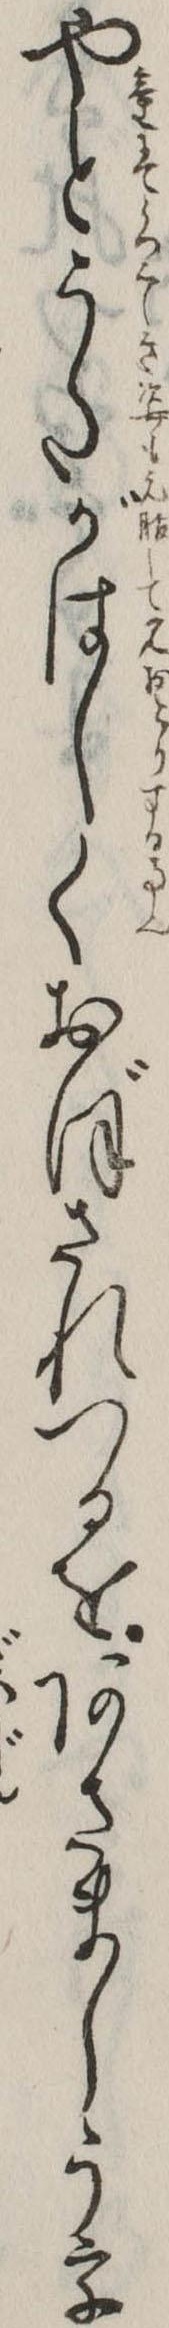
やとうたがはしくおぼされつるをあさましうう